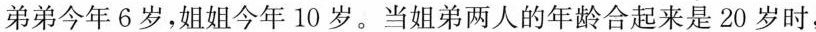
弟弟今年6岁，姐姐今年10岁。当姐弟两人的年龄合起来是20岁时，